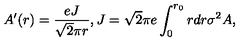
A ^ { \prime } ( r ) = \frac { e J } { \sqrt { 2 } \pi r } , J = \sqrt { 2 } \pi e \int _ { 0 } ^ { r _ { 0 } } r d r \sigma ^ { 2 } A ,